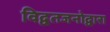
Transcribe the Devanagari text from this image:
विद्वतजनोद्वारा